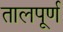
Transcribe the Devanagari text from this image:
तालपूर्ण